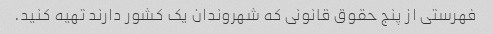
فهرستی از پنج حقوق قانونی که شهروندان یک کشور دارند تهیه کنید.